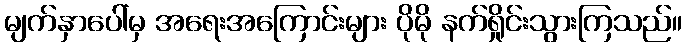
မျက်နှာပေါ်မှ အရေးအကြောင်းများ ပိုမို နက်ရှိုင်းသွားကြသည်။